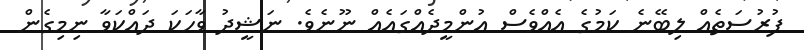
ފުރުސަތެއް ލިބޭނެ ކަމުގެ އެއްވެސް އުންމީދެއްގައެއް ނޫނެވެ. ނަޝީދު ވާހަކަ ދައްކަވާ ނިމިގެން